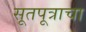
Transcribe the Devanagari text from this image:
सूतपूत्राचा